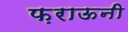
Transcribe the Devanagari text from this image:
फ़राऊनी